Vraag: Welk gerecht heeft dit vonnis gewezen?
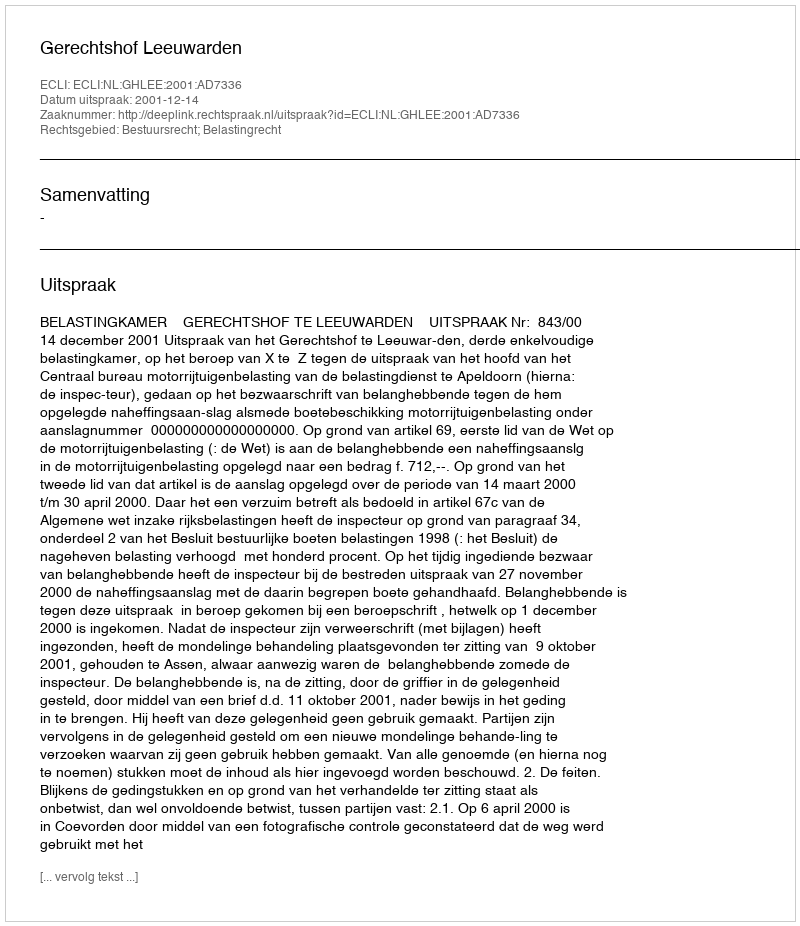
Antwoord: Gerechtshof Leeuwarden